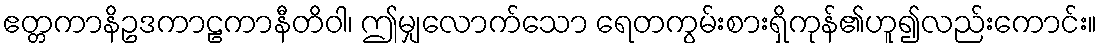
ဧတ္တကာနိဥဒကာဠကာနီတိဝါ၊ ဤမျှလောက်သော ရေတကွမ်းစားရှိကုန်၏ဟူ၍လည်းကောင်း။